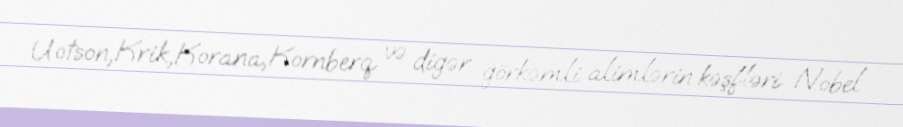
Uotson,Krik,Korana,Kornberq və digər ğörkəmli alimlərin kəşfləri Nobel